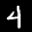
Label: 4